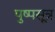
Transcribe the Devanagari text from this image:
पुष्पसूत्र